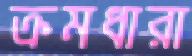
ক্রমধারা